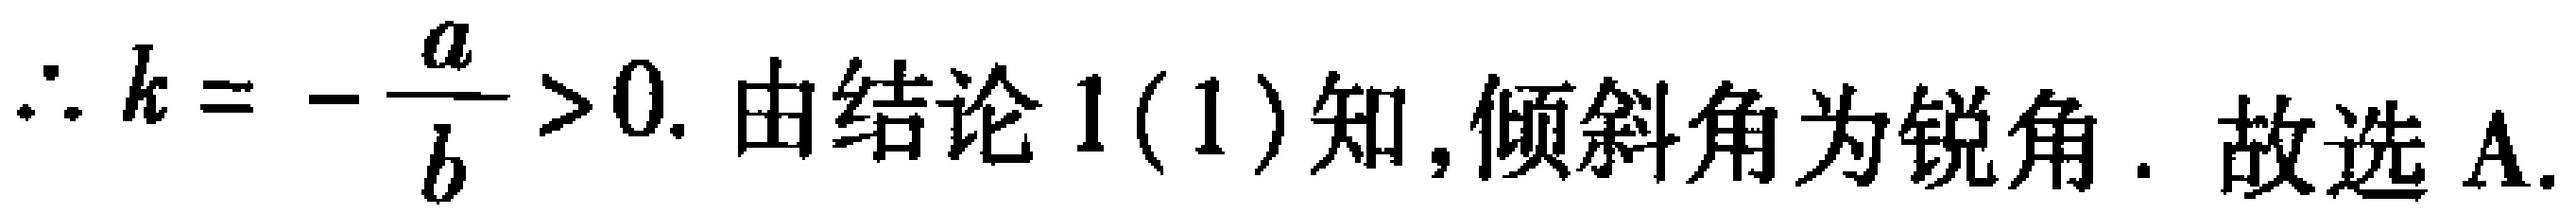
\(\therefore k = -\frac{a}{b} > 0.\) 由结论 \(1(1)\)知,倾斜角为锐角. 故选 A.